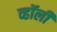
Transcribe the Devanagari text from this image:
व्हॉली